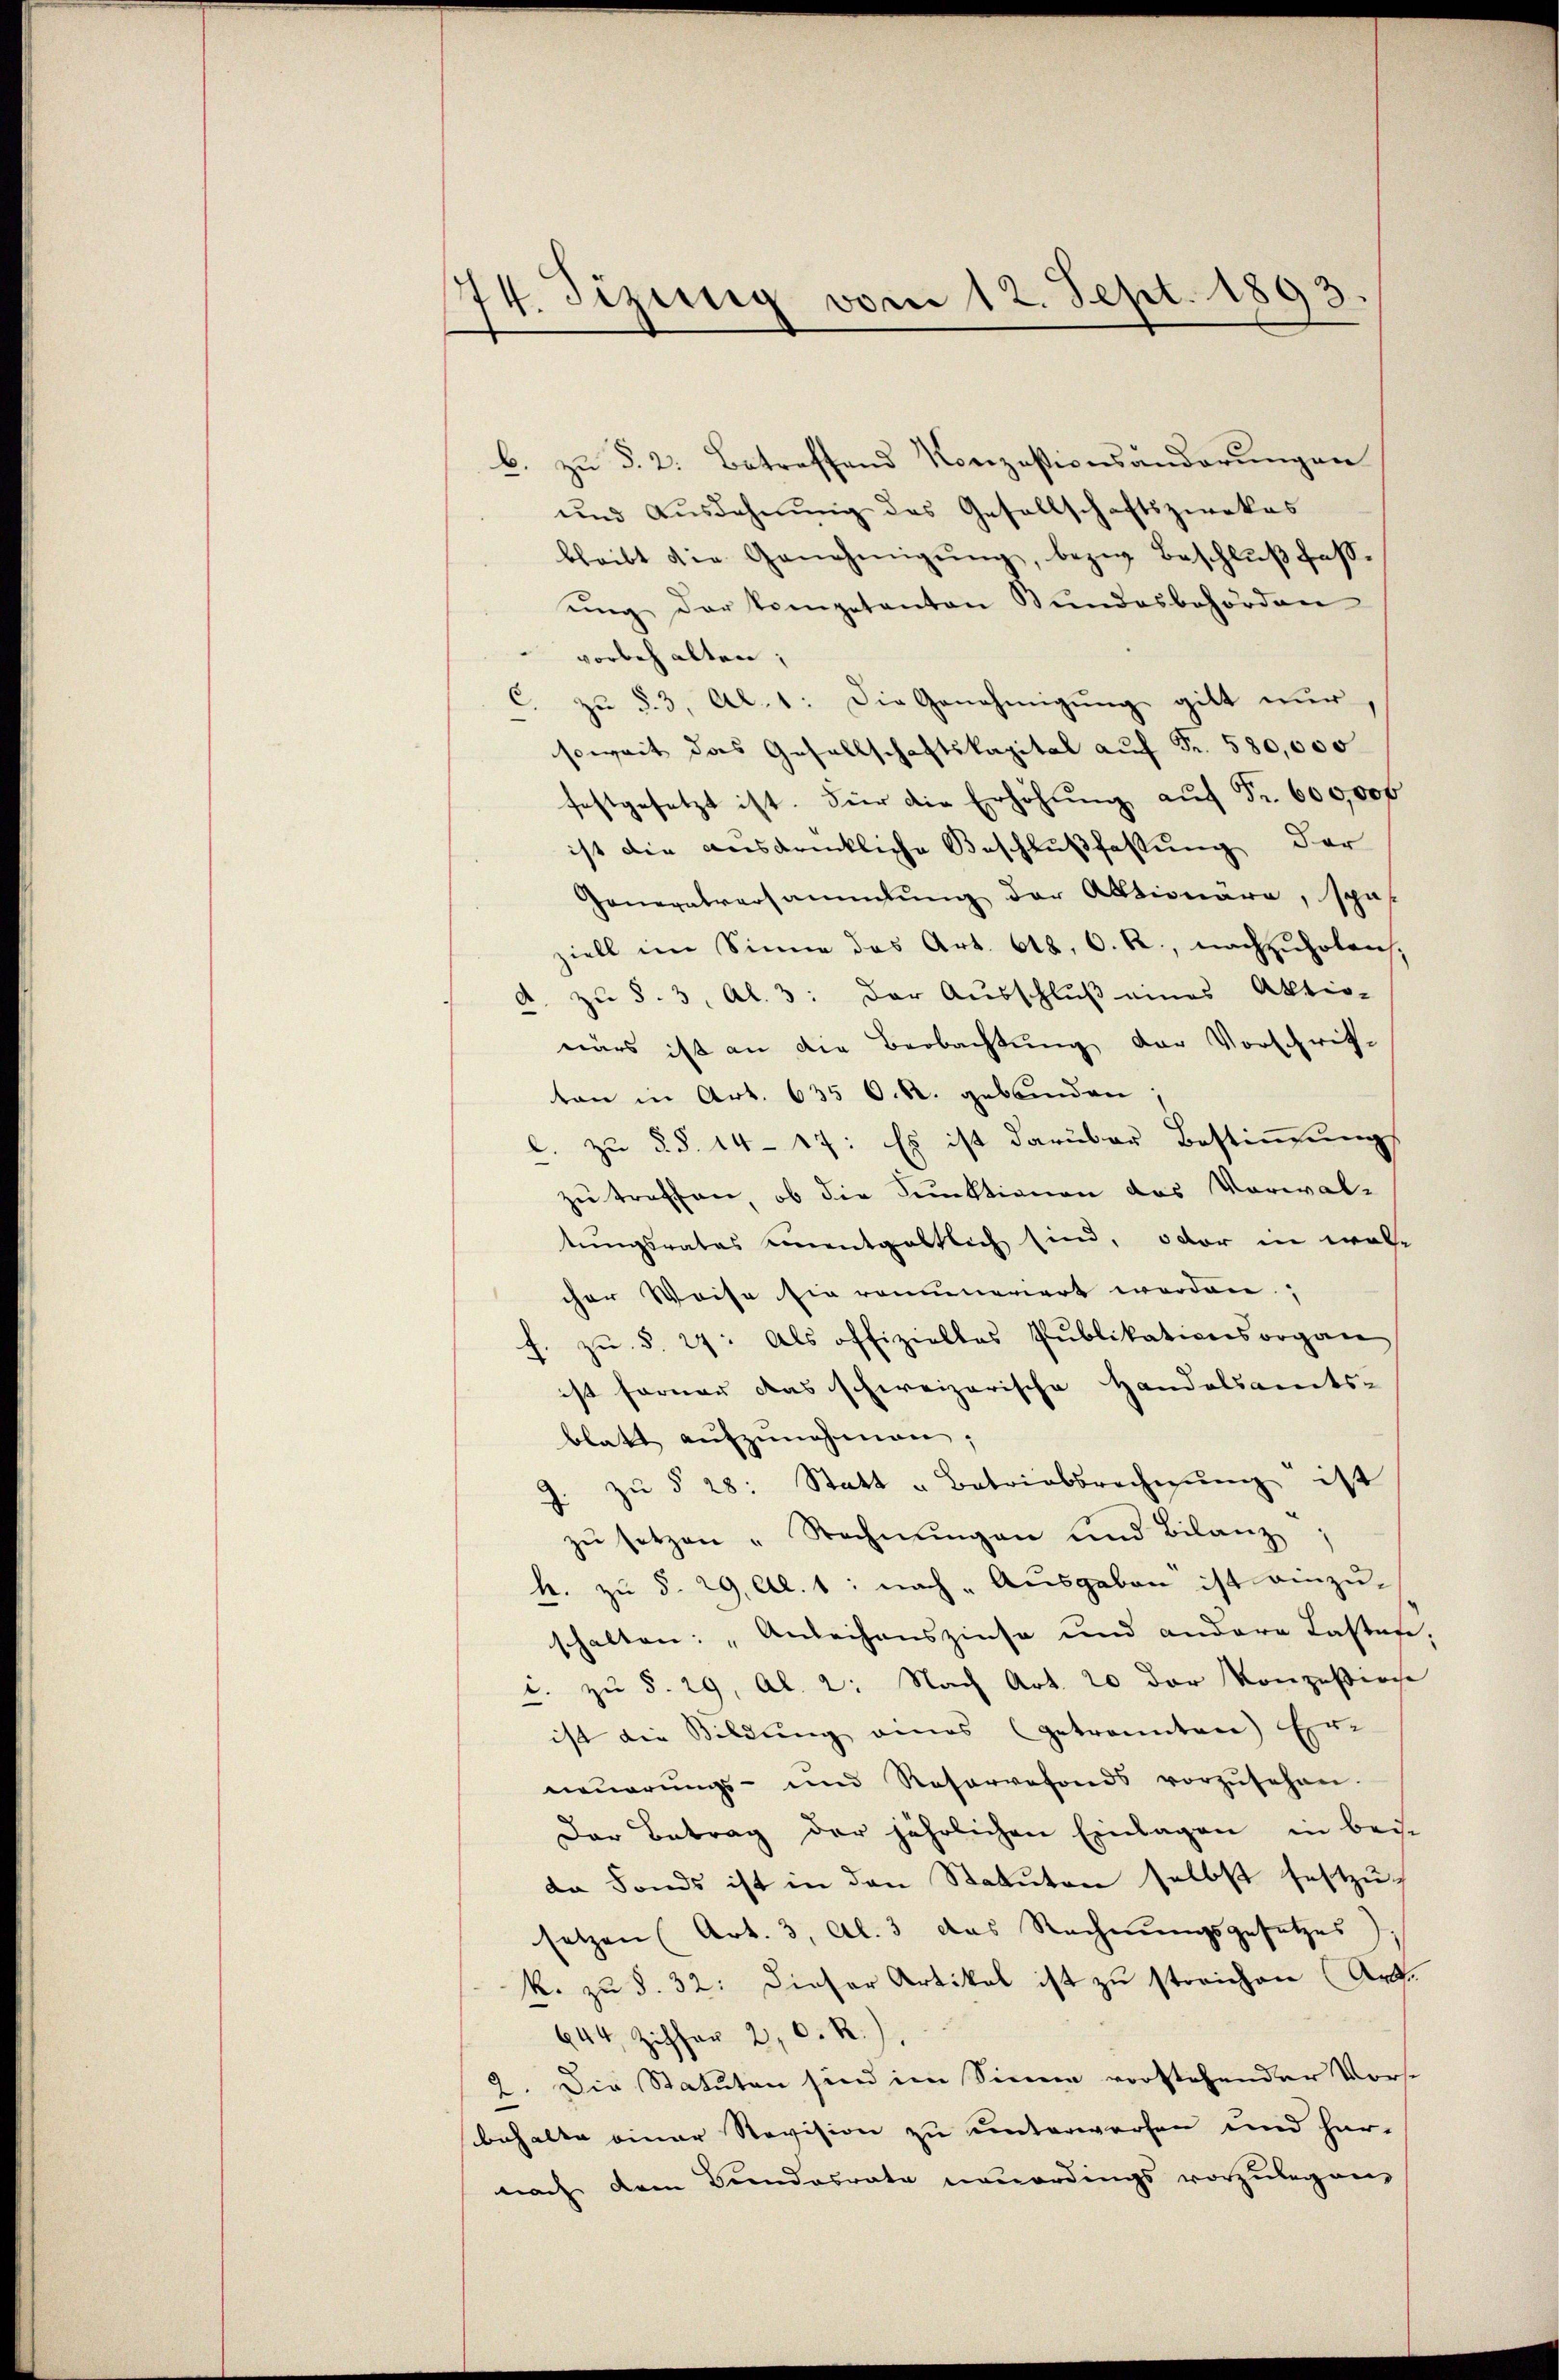
74. Sizung vom 12. Sept. 1893

b. zu §. 2. Betreffend Konzesionsänderungen
und Ausdehnung des Gesellschaftszwekas
bleibt die Genehmigŭng, bezw. Beschlŭβ fasŭng der kompetanton Bundesbehörden
vorbehalten;
c. zŭ §. 3, Al. 1: Die Genehmigŭng gibt nur,
soweit das Gesellschaftskapital auf Fr. 580,000
festgesetzt ist. Für die Erhöhung auf Fr. 600,000
ist die ausdrückliche Beschlußfassung der
Generalversammlung der Aktionäre, son
ziell im Sinne das Art. 618. O. R., nachzuholen.
zu §. 3, Al. 3: Der Ausschluß eines Aktio-
närs ist an die Beobachtung der Vorschrif-
ton in Art. 635 O. R. gebinden:
l. zu §§. 14-17: Es ist darüber Bestimmung
zu treffen, ob die Funktionen das Vorwal-
tungsrates einentgeltlich sind, oder in welcher Weise sie rommeriert werden;
f. zŭ §. 27. Als offiziellos Pŭblikationsorgane
ist ferner das schweizerische Handelsamts-
blatt aŭfzŭnehmen;
J. zŭ § 28: Statt u Betriebsrechnŭng ist
zŭ setzen „Rechnŭngen und Bilanz
h. zu §. 29, Al. 1: nach Ausgeben ist einzu-
schalten: „Anleihenszinse und andere Lastete.
i. zu §. 29, Al. 2: Nach Art. 20 der Konzesirche
ist die Bildŭng eines (getrannten) Er-
neuerungs- und Reservefonds vorzŭsehen.
Der Betrag der jährlichen Einlagen in bei-
da Fonds ist in den Statuten selbst festzusetzen (Art. 3, Al. 3 das Rechnŭngsgesetzes
k. zu §. 32: Dieser Artikel ist zu streichen (Art.
644 Ziffer 2, C. R.
.Die Statuten sind im Sinne vorstehender Vorst
behalte einer Revision zu unterworfen und har-
nach dem Bundesrate neuerdings vorzulegen,